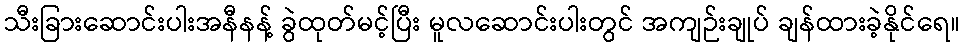
သီးခြားဆောင်းပါးအနီနန့် ခွဲထုတ်မင့်ပြီး မူလဆောင်းပါးတွင် အကျဉ်းချုပ် ချန်ထားခဲ့နိုင်ရေ။